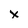
Character: x